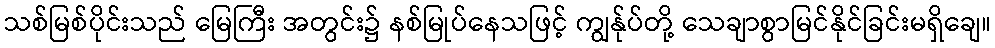
သစ်မြစ်ပိုင်းသည် မြေကြီး အတွင်း၌ နစ်မြုပ်နေသဖြင့် ကျွန်ုပ်တို့ သေချာစွာမြင်နိုင်ခြင်းမရှိချေ။